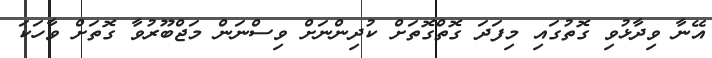
އޭނާ ވިދާޅުވި ގޮތުގައި މިފަދަ ގޮތްގޮތަށް ކުދިންނަށް ވިސްނަން މަޖްބޫރުވާ ގޮތަށް ވާހަކަ